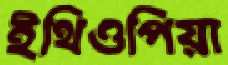
ইথিওপিয়া